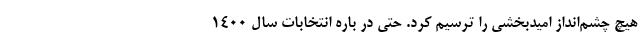
هیچ چشم‌انداز امیدبخشی را ترسیم کرد. حتی در باره انتخابات سال ۱۴۰۰